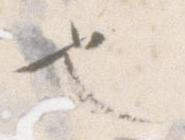
也